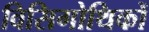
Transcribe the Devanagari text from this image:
विसिगोथिकों